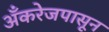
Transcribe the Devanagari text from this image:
अँकरेजपासून